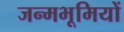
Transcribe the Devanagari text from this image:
जन्मभूमियों